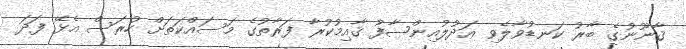
ޤާނޫނުގެ ބާރު ކަނޑުވާލެވި ޢަދުލުއިންޞާފު ޤާއިމުކުރާ ފަރާތުގެ މަސައްކަތަށް ހުރަސް އެޅޭ ފަދަ